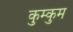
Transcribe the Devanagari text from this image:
कुम्कुम